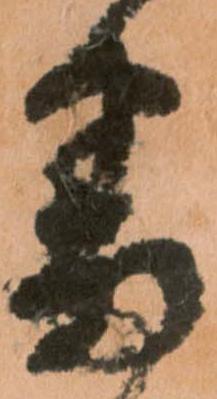
番